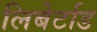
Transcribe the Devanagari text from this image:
लिबेर्टाड